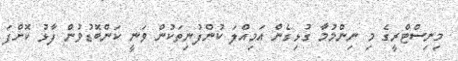
މިނިސްޓްރީގެ މި ނިންމުމާ ގުޅިގެން އަމިއްލަ ކުންފުނިތަކުން ވަނީ ކަންބޮޑުވުން ފާޅު ކޮށްފަ